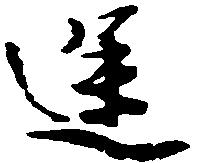
途